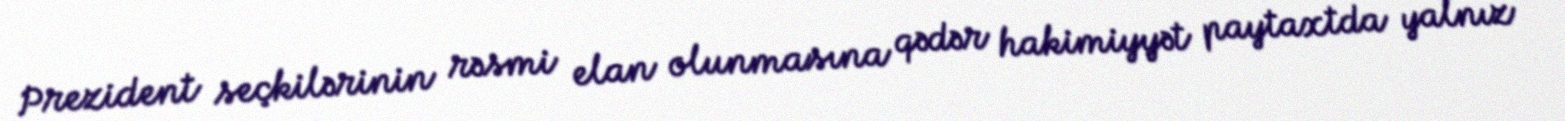
Prezident seçkilərinin rəsmi elan olunmasına qədər hakimiyyət paytaxtda yalnız